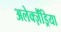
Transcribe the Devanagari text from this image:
अलेक्ज़ैंड्रिया